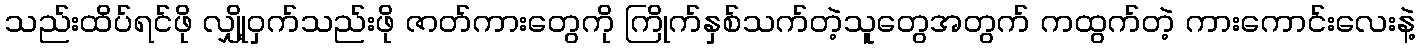
သည်းထိပ်ရင်ဖို လျှို့ဝှက်သည်းဖို ဇာတ်ကားတွေကို ကြိုက်နှစ်သက်တဲ့သူတွေအတွက် ကထွက်တဲ့ ကားကောင်းလေးနဲ့